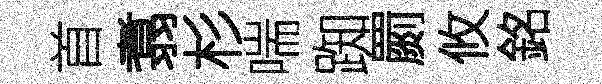
首翥杉喘踟罽攸銘